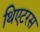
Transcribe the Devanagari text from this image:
थिएटरस